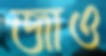
জাও